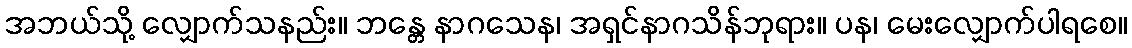
အဘယ်သို့ လျှောက်သနည်း။ ဘန္တေ နာဂသေန၊ အရှင်နာဂသိန်ဘုရား။ ပန၊ မေးလျှောက်ပါရစေ။